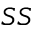
S S